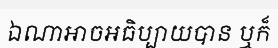
ឯណាអាចអធិប្បាយបាន ឬក៏